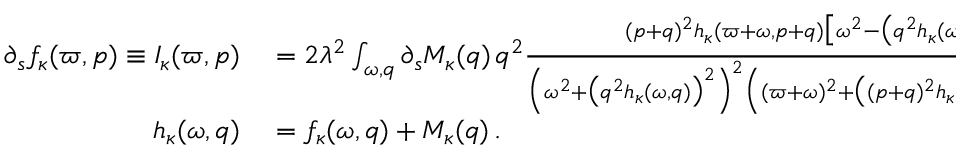
\begin{array} { r l } { \partial _ { s } f _ { \kappa } ( \varpi , p ) \equiv { \cal I } _ { \kappa } ( \varpi , p ) } & { { } = 2 \lambda ^ { 2 } \int _ { \omega , q } \partial _ { s } M _ { \kappa } ( q ) \, q ^ { 2 } \frac { ( p + q ) ^ { 2 } h _ { \kappa } ( \varpi + \omega , p + q ) \big [ \omega ^ { 2 } - \big ( q ^ { 2 } h _ { \kappa } ( \omega , q ) \big ) ^ { 2 } \Big ] } { \Big ( \omega ^ { 2 } + \big ( q ^ { 2 } h _ { \kappa } ( \omega , q ) \big ) ^ { 2 } \Big ) ^ { 2 } \Big ( ( \varpi + \omega ) ^ { 2 } + \big ( ( p + q ) ^ { 2 } h _ { \kappa } ( \varpi + \omega , p + q ) \big ) ^ { 2 } \Big ) ^ { 2 } } \, } \\ { h _ { \kappa } ( \omega , q ) } & { { } = f _ { \kappa } ( \omega , q ) + M _ { \kappa } ( q ) \, . } \end{array}